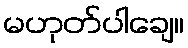
မဟုတ်ပါချေ။